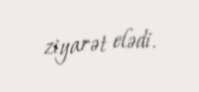
ziyarət elədi.